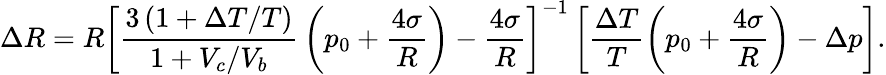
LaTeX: \Delta R=R\left[\frac{3\, (1+\Delta T/T)}{1+V_{c}/V_{b}}\, \left(p_{0}+\frac{4\sigma}{R}\right)-\frac{4\sigma}{R}\right]^{-1}\left[\frac{\Delta T}{T}\left(p_{0}+\frac{4\sigma}{R}\right)-\Delta p\right].